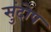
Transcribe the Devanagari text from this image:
सुंदोप